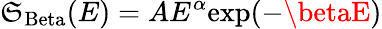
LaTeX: \mathfrak{S}_{\mathrm{{Beta}}}(E)=AE^{\alpha}\mathrm{{exp}}(-\betaE)